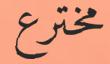
مخترع